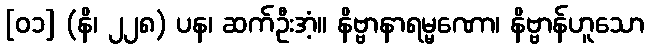
[၀၁] (နိ၊ ၂၂၈) ပန၊ ဆက်ဦးအံ့။ နိဗ္ဗာနာရမ္မဏော၊ နိဗ္ဗာန်ဟူသော